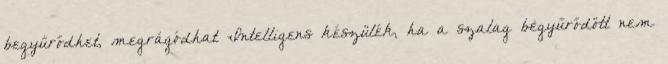
begyűrődhet, megrágódhat Intelligens készülék, ha a szalag begyűrődött nem